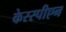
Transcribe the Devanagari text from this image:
केस्स्पीएन